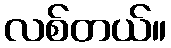
လစ်တယ်။